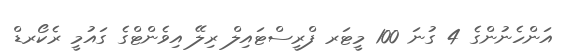
އަންހެނުންގެ 4 ގުނަ 100 މީޓަރ ފްރީސްޓައިލް ރިލޭ އިވެންޓްގެ ގައުމީ ރެކޯރޑް